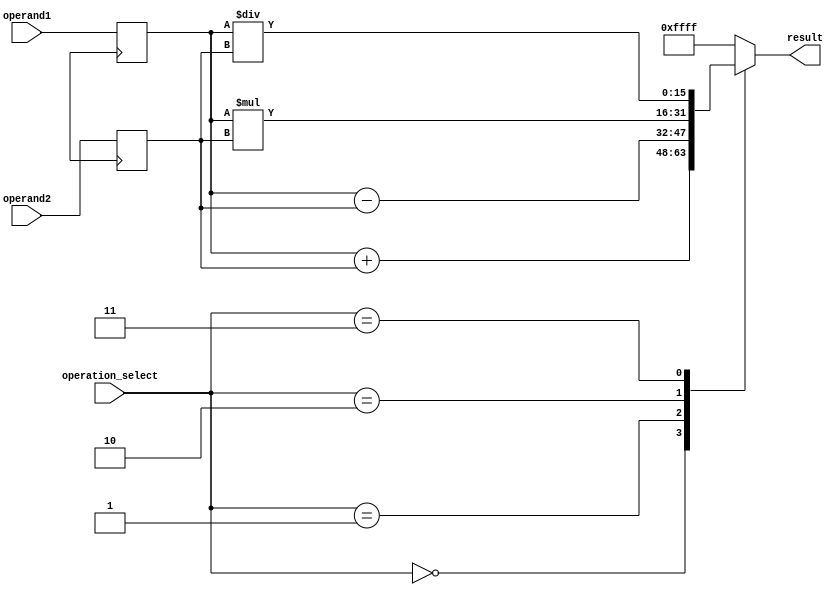
module half_precision_fpu (
    input wire [15:0] operand1,
    input wire [15:0] operand2,
    input wire [2:0] operation_select,
    output reg [15:0] result
);

reg [15:0] input_reg1;
reg [15:0] input_reg2;
reg [15:0] output_reg;

always @ (posedge clk) begin
    input_reg1 <= operand1;
    input_reg2 <= operand2;
end

always @ (*) begin
    case(operation_select)
        3'b000: output_reg = input_reg1 + input_reg2; // Addition
        3'b001: output_reg = input_reg1 - input_reg2; // Subtraction
        3'b010: output_reg = input_reg1 * input_reg2; // Multiplication
        3'b011: output_reg = input_reg1 / input_reg2; // Division
        default: output_reg = 16'hFFFF; // Default value for error
    endcase
end

assign result = output_reg;

endmodule